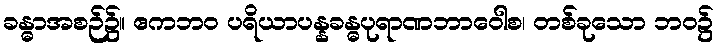
ခန္ဓာအစဉ်၌။ ဧကဘဝ ပရိယာပန္နခန္ဓပုရာဏဘာဝေါစ၊ တစ်ခုသော ဘဝ၌